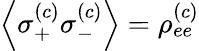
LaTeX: \left\langle\sigma_{+}^{(c)}\sigma_{-}^{(c)}\right\rangle=\rho_{ee}^{(c)}